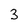
Character: 3